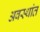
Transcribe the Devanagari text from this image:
अवस्थांत